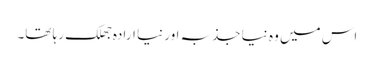
اس میں وہ نیا جذبہ اور نیا ارادہ جھلک رہا تھا۔